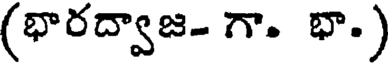
(భారద్వాజ- గా. భా.)